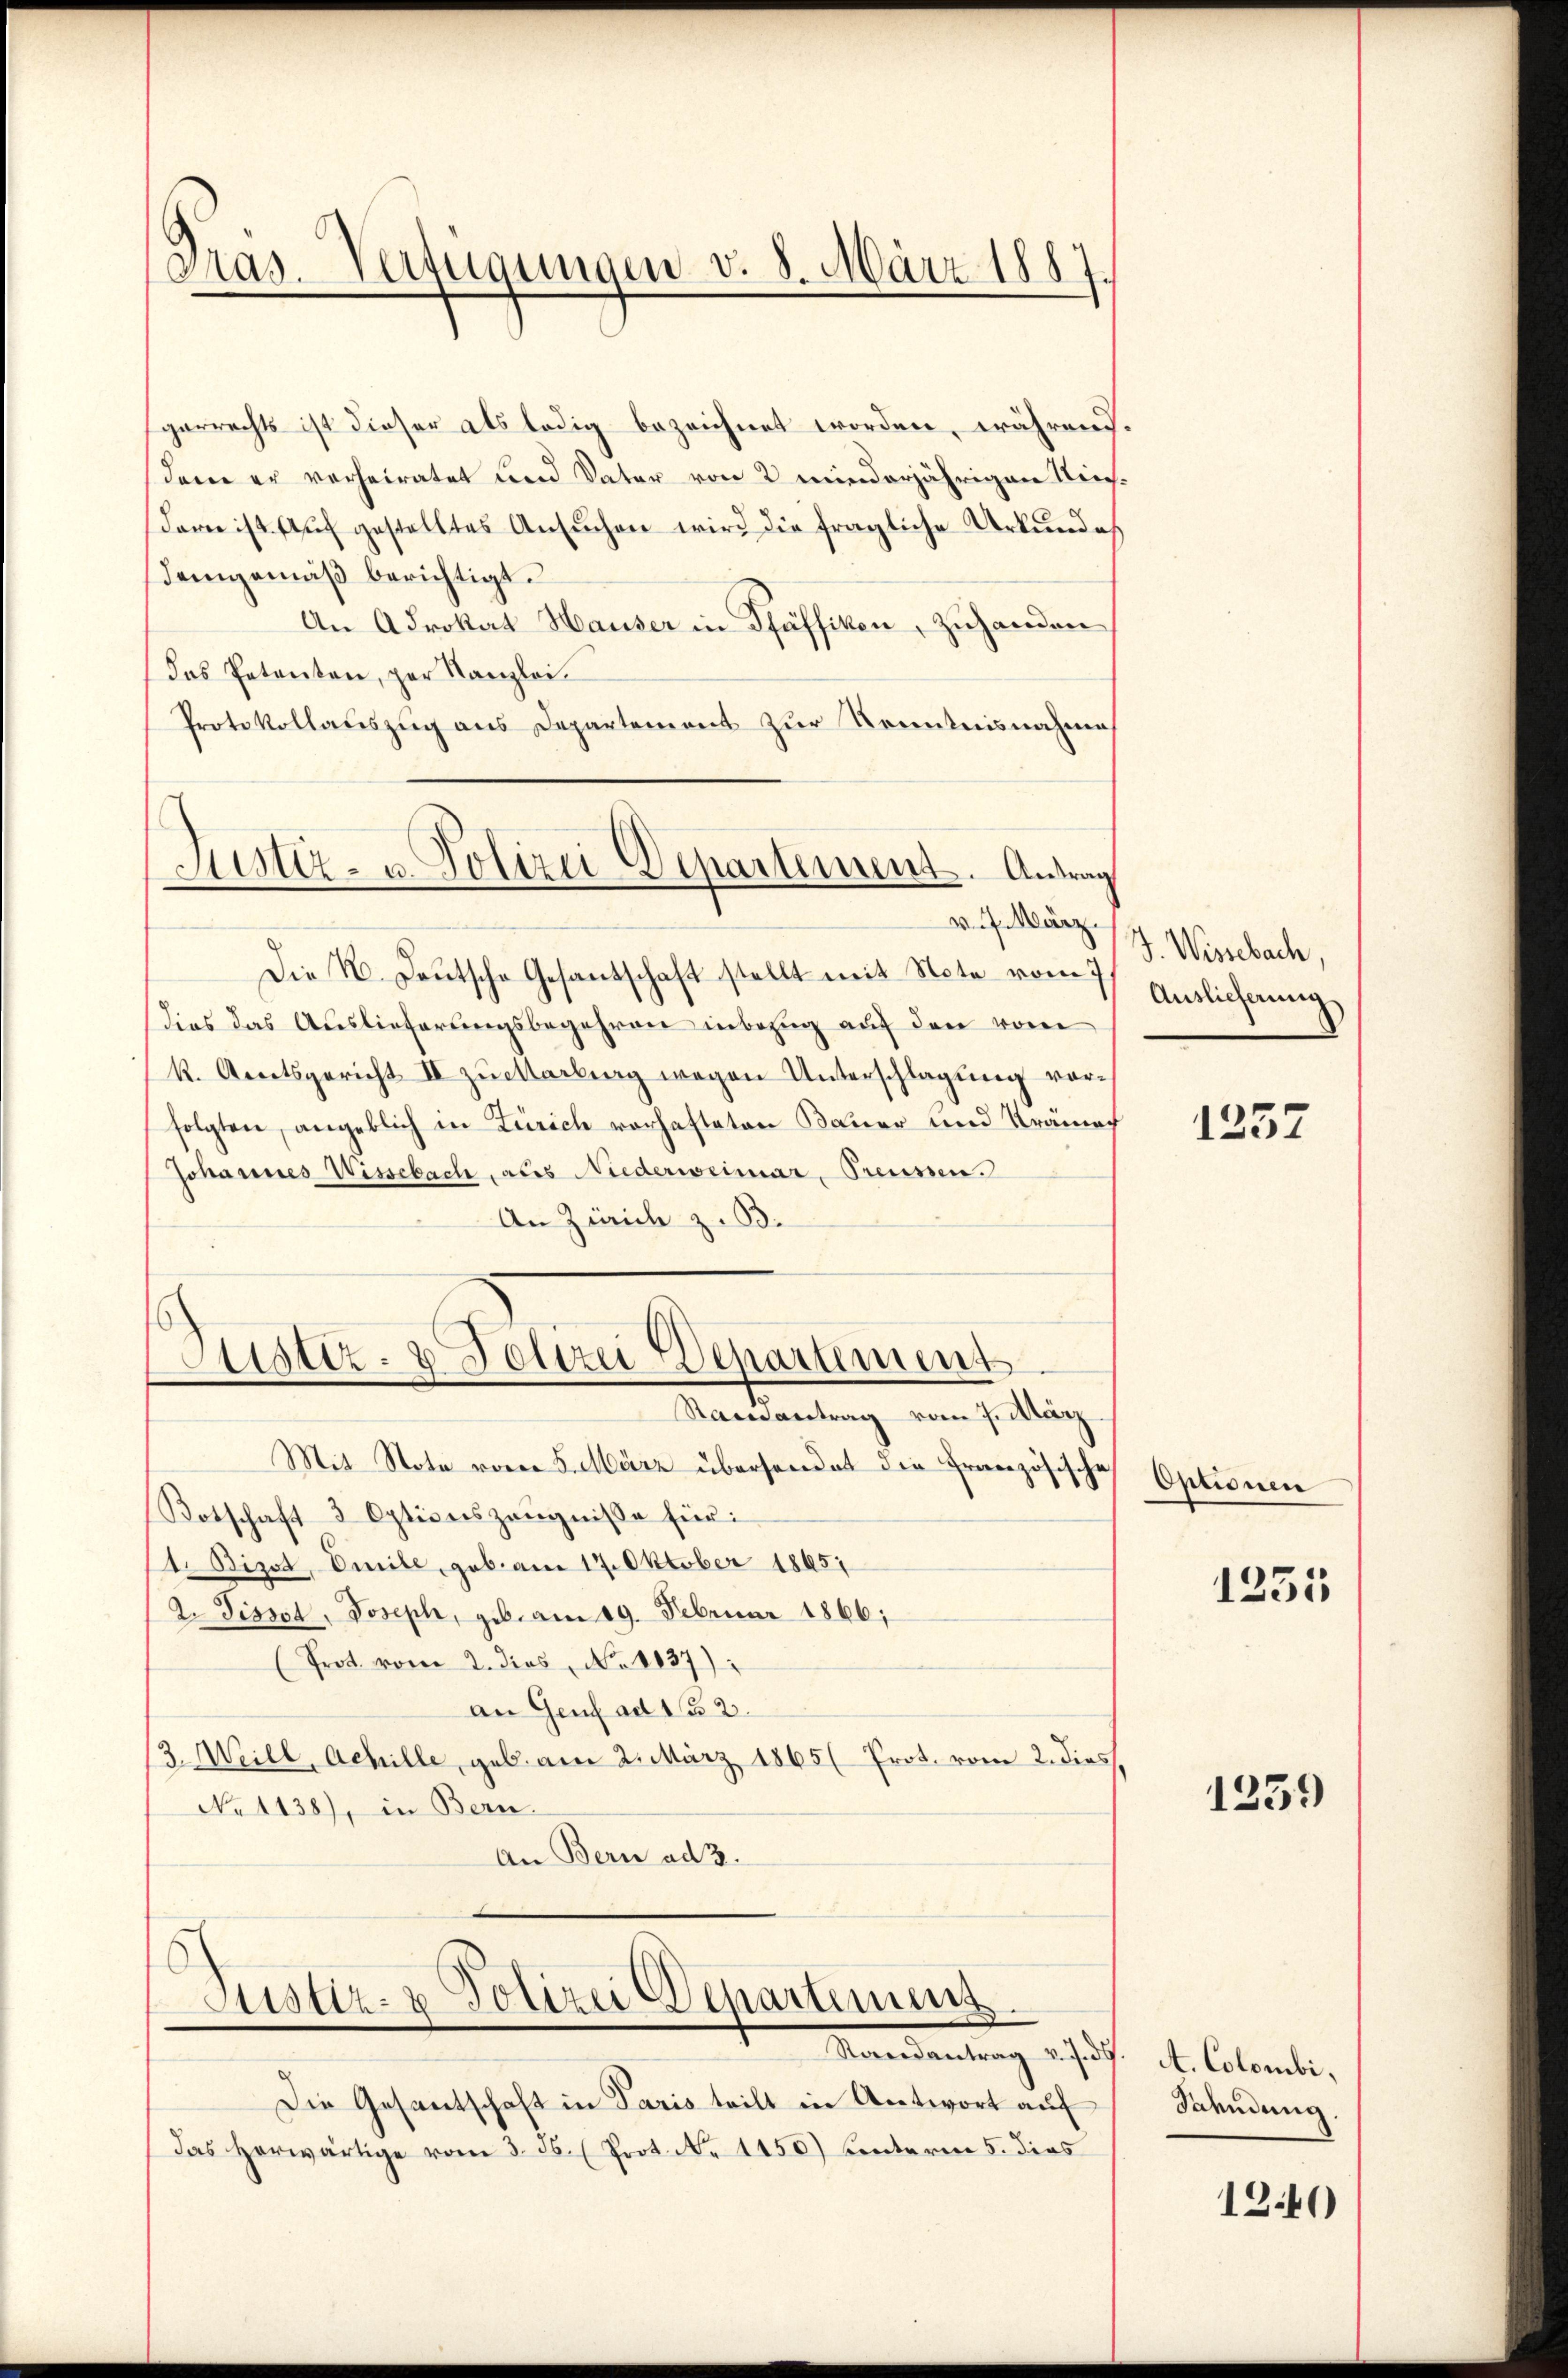
.
Pras. Verfügungen v. 8. März 1887.

Justiz- u. Polizei Departement. Antrag

gerrechts ist dieser als ledig bezeichnet worden, während.
dem er verheiratet und Vater von 2 minderjährigen Nie-
dorn ist aŭf gestelltes Ansŭchen wird die fragliche Urkundes
demgemäβ berichtigt.
An Adrokat Hauser in Pfäffikon, Zuhanden
Das Petenten, per Kanzlei
Protokollauszug aus Departement zur Kenntnisnahme
Die K. Deutsche Gesantschaft stellt mit Note vom 7.
Dies das Auslieferungsbegehren inbezug auf den vom
k. Amtsgericht II zuitterling wegen Unterschlagung vorfolgten, angeblich in Zürich vorhafteten Bauer und Krämer
Johannes Wissebach, als Niederweimar, Preussen.
An Zürich z. B.
Justiz- & Polizei Departement
Ramantrag vom 7. März
Mit Note vom 5. März überhandet die Französische
Botschaft 3 Optionszeugniße für:
1. Bizot, Emile, geb. am 17. Oktober 1865
2. Pissod, Joseph, geb. am 19. Februar 1866;
(Prot. vom 2. dies, No. 1837)
an Genf ad 12.
3. Meill, Achille, geb. am 2. März 1865 Prot. vom 2. dies
No 1138), in Bern.
An Bern ad 2.

Justiz- & Polizei Departimuns.

Mandantrag u. d. Colonti,
Die Gesantschaft in Paris teilt in Antwort auf
Das herwärtige vom 3. ds. (Prot. No 1150) unterm 5. dies

v. 7. März 17. Wissebach,
Auslieferung

1257

Optionen
1231

1259

Fahndung

1240)